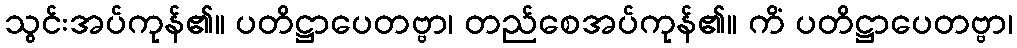
သွင်းအပ်ကုန်၏။ ပတိဋ္ဌာပေတဗ္ဗာ၊ တည်စေအပ်ကုန်၏။ ကိံ ပတိဋ္ဌာပေတဗ္ဗာ၊